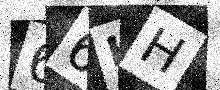
Text: 66HH